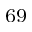
^ { 6 9 }